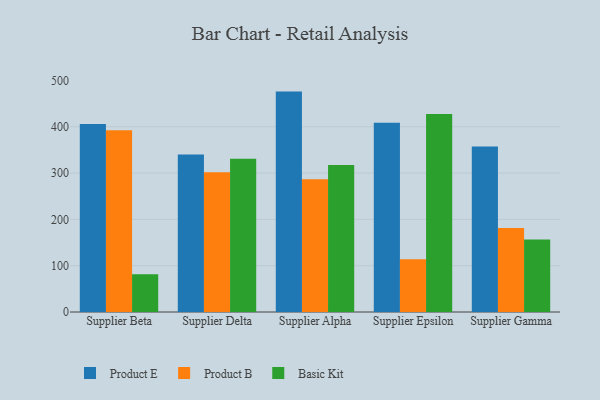
{"axis": {"x": "Supplier", "y": "Shipments"}, "legend": ["Basic Kit", "Product B", "Product E"], "data": [{"x": "Supplier Beta", "y": 405.9, "type": "Product E"}, {"x": "Supplier Beta", "y": 392.5, "type": "Product B"}, {"x": "Supplier Beta", "y": 81.4, "type": "Basic Kit"}, {"x": "Supplier Delta", "y": 340.2, "type": "Product E"}, {"x": "Supplier Delta", "y": 301.9, "type": "Product B"}, {"x": "Supplier Delta", "y": 330.7, "type": "Basic Kit"}, {"x": "Supplier Alpha", "y": 475.9, "type": "Product E"}, {"x": "Supplier Alpha", "y": 286.4, "type": "Product B"}, {"x": "Supplier Alpha", "y": 317.4, "type": "Basic Kit"}, {"x": "Supplier Epsilon", "y": 408.5, "type": "Product E"}, {"x": "Supplier Epsilon", "y": 113.9, "type": "Product B"}, {"x": "Supplier Epsilon", "y": 427.7, "type": "Basic Kit"}, {"x": "Supplier Gamma", "y": 357.4, "type": "Product E"}, {"x": "Supplier Gamma", "y": 181.5, "type": "Product B"}, {"x": "Supplier Gamma", "y": 156.3, "type": "Basic Kit"}]}